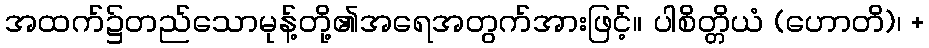
အထက်၌တည်သောမုန့်တို့၏အရေအတွက်အားဖြင့်။ ပါစိတ္တိယံ (ဟောတိ)၊ +